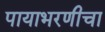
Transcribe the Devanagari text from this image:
पायाभरणीचा